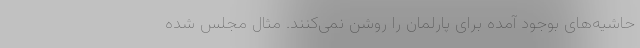
حاشیه‌های بوجود آمده برای پارلمان را روشن نمی‌کنند. مثال مجلس شده